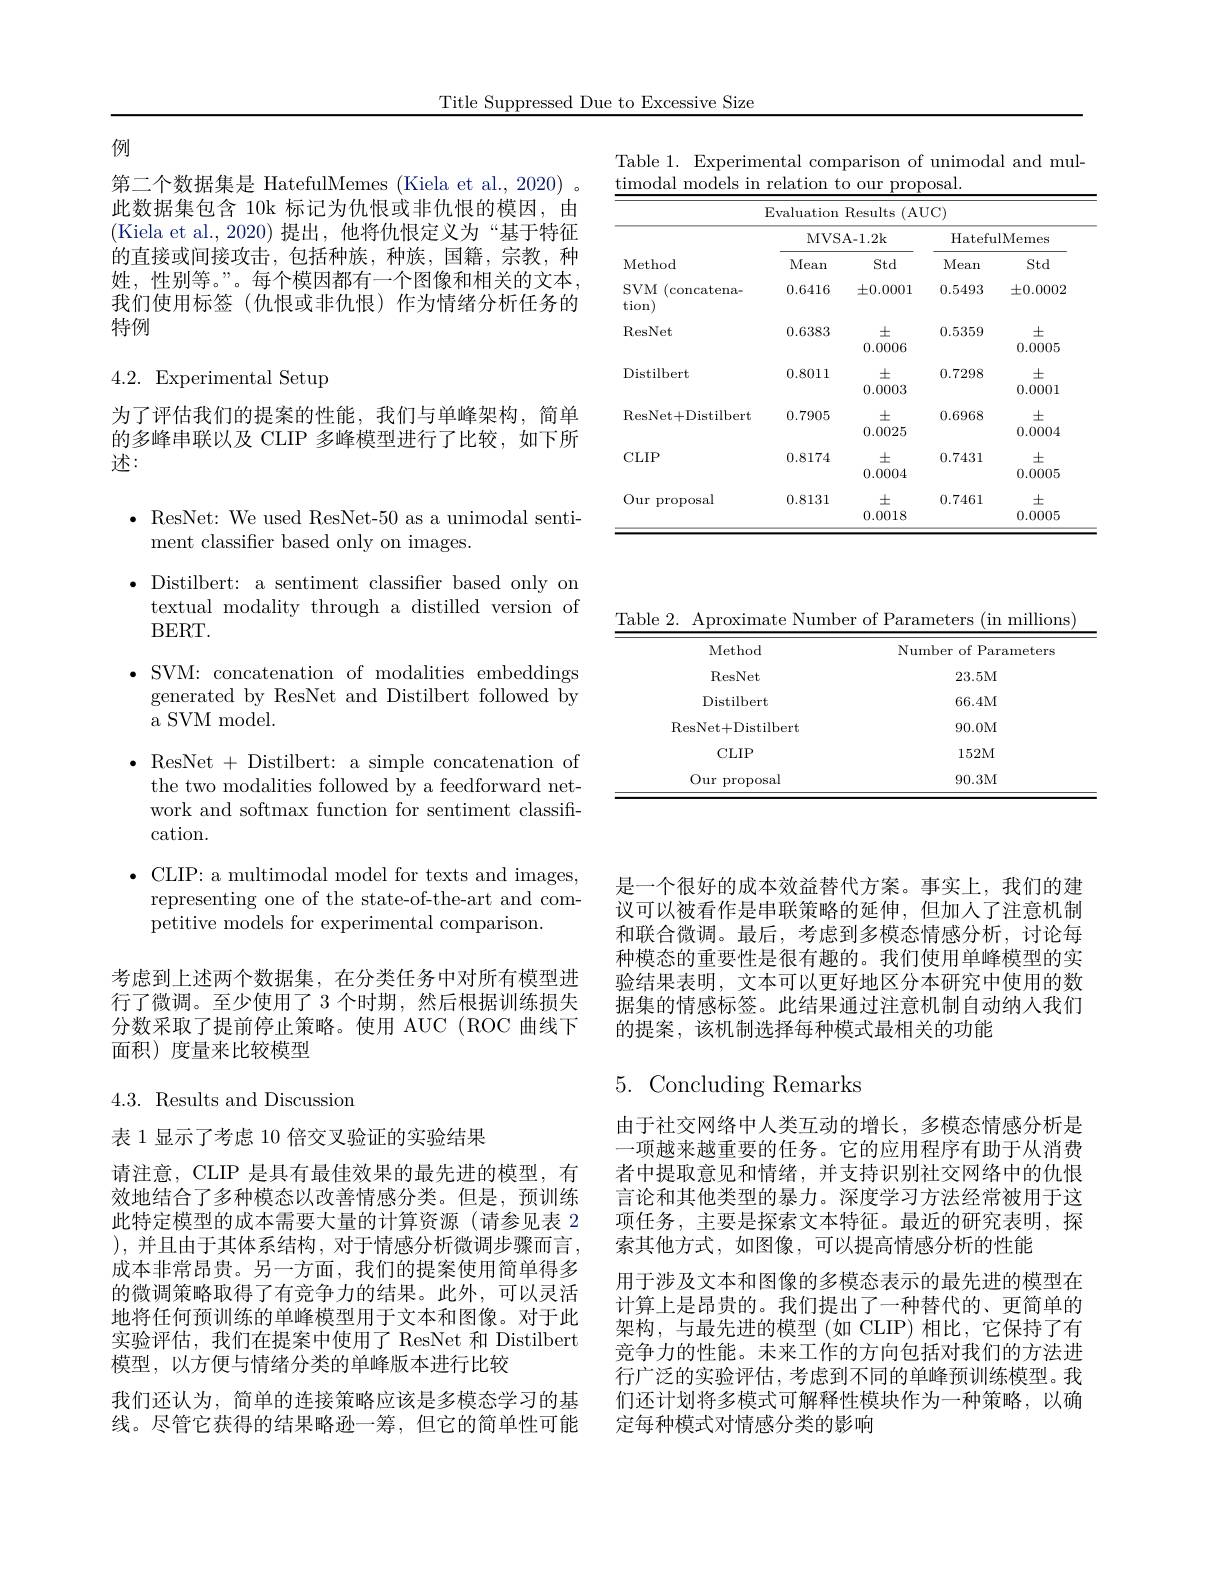
Title Suppressed Due to Excessive Size

Table 1. Experimental comparison of unimodal and mul-
timodal models in relation to our proposal.

<table>
	<tbody>
		<tr>
			<th colspan="5">Evaluation Results (AUC)</th>
		</tr>
		<tr>
			<th rowspan="2">Method</th>
			<th colspan="2">MVSA- 1. 2k</th>
			<th colspan="2">HatefulMemes</th>
		</tr>
		<tr>
			<th>Mean</th>
			<th>Std</th>
			<th>Mean</th>
			<th>Std</th>
		</tr>
		<tr>
			<td>SVM ( (concatena- tion)</td>
			<td>0.6416</td>
			<td>$\pm0.0001$</td>
			<td>0.5493</td>
			<td>$\pm0.0002$</td>
		</tr>
		<tr>
			<td>ResNet</td>
			<td>0.6383</td>
			<td>$\pm$ 0.0006</td>
			<td>0.5359</td>
			<td>$\pm$ 0.0005</td>
		</tr>
		<tr>
			<td>Distilbert</td>
			<td>0.8011</td>
			<td>$\pm$ 0.0003</td>
			<td>0.7298</td>
			<td>$\pm$ 0.0001</td>
		</tr>
		<tr>
			<td>ResNet+Distilbert</td>
			<td>0.7905</td>
			<td>$\pm$ 0.0025</td>
			<td>0.6968</td>
			<td>$\pm$ 0.0004</td>
		</tr>
		<tr>
			<td>$CLIP$</td>
			<td>0.8174</td>
			<td>$\pm$ 0.0004</td>
			<td>0.7431</td>
			<td>$\pm$ 0.0005</td>
		</tr>
		<tr>
			<td>Our proposal</td>
			<td>0.8131</td>
			<td>士 0.0018</td>
			<td>0.7461</td>
			<td>$\pm$ 0.0005</td>
		</tr>
	</tbody>
</table>

例

第二个数据集是 HatefulMemes (Kiela et al., 2020) 。此数据集包含 10k 标记为仇恨或非仇恨的模因，由(Kiela et al.,2020)提出，他将仇恨定义为“基于特征的直接或间接攻击，包括种族，种族，国籍，宗教，种姓，性别等。”。每个模因都有一个图像和相关的文本， 我们使用标签(仇恨或非仇恨)作为情绪分析任务的特例

# 4.2. Experimental Setup

为了评估我们的提案的性能，我们与单峰架构，简单的多峰串联以及 CLIP 多峰模型进行了比较，如下所述：

$\bullet$ ResNet: We used ResNet-50 as a unimodal senti-
ment classifier based only on images.
$\bullet$ Distilbert: a sentiment classifier based only on
textual modality through a distilled version of
$BERT.$
$\bullet$ SVM: concatenation of modalities embeddings
generated by ResNet and Distilbert followed by
a SVM model.
$\bullet$ ResNet + Distilbert: a simple concatenation of
the two modalities followed by a feedforward network and softmax function for sentiment classification.
$\bullet$ CLIP: a multimodal model for texts and images,
representing one of the state-of-the-art and com-
petitive models for experimental comparison.

考虑到上述两个数据集，在分类任务中对所有模型进行了微调。至少使用了 3 个时期，然后根据训练损失分数采取了提前停止策略。使用 AUC (ROC 曲线下面积)度量来比较模型

4.3. Results and Discussion

表 1 显示了考虑 10 倍交叉验证的实验结果

请注意，CLIP 是具有最佳效果的最先进的模型，有效地结合了多种模态以改善情感分类。但是，预训练此特定模型的成本需要大量的计算资源(请参见表 2 ), 并且由于其体系结构，对于情感分析微调步骤而言， 成本非常昂贵。另一方面，我们的提案使用简单得多的微调策略取得了有竞争力的结果。此外，可以灵活地将任何预训练的单峰模型用于文本和图像。对于此实验评估，我们在提案中使用了 ResNet 和 Distilbert 模型，以方便与情绪分类的单峰版本进行比较
我们还认为，简单的连接策略应该是多模态学习的基线。尽管它获得的结果略逊一筹，但它的简单性可能

Table 2. Aproximate Number of Parameters (in millions
<table>
	<tbody>
		<tr>
			<th>Method</th>
			<th>Number of Parameters</th>
		</tr>
		<tr>
			<td>ResNet</td>
			<td>23.5M</td>
		</tr>
		<tr>
			<td>Distilbert</td>
			<td>66.4M</td>
		</tr>
		<tr>
			<td>ResNet+ Distilbert</td>
			<td>90.0M</td>
		</tr>
		<tr>
			<td>$CLIP$</td>
			<td>152M</td>
		</tr>
		<tr>
			<td>Our proposal</td>
			<td>90.3M</td>
		</tr>
	</tbody>
</table>

是一个很好的成本效益替代方案。事实上，我们的建议可以被看作是串联策略的延伸，但加人了注意机制和联合微调。最后，考虑到多模态情感分析，讨论每种模态的重要性是很有趣的。我们使用单峰模型的实验结果表明，文本可以更好地区分本研究中使用的数据集的情感标签。此结果通过注意机制自动纳人我们的提案，该机制选择每种模式最相关的功能

# 5. Concluding Remarks

由于社交网络中人类互动的增长，多模态情感分析是一项越来越重要的任务。它的应用程序有助于从消费者中提取意见和情绪，并支持识别社交网络中的仇恨言论和其他类型的暴力。深度学习方法经常被用于这项任务，主要是探索文本特征。最近的研究表明，探索其他方式，如图像，可以提高情感分析的性能
用于涉及文本和图像的多模态表示的最先进的模型在计算上是昂贵的。我们提出了一种替代的、更简单的架构，与最先进的模型(如 CLIP)相比，它保持了有竞争力的性能。未来工作的方向包括对我们的方法进行广泛的实验评估，考虑到不同的单峰预训练模型。我们还计划将多模式可解释性模块作为一种策略，以确定每种模式对情感分类的影响